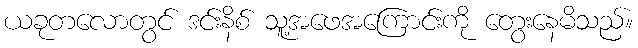
ယခုတလောတွင် ဒင်းနိစ် သူ့အဖေအကြောင်းကို တွေးနေမိသည်။